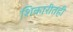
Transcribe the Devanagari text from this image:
शिकारीतही